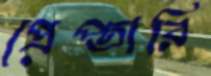
প্রেপ্তারি